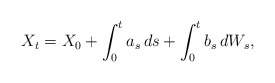
\begin{align*} X_{t}=X_0+\int_0^t a_s\,ds +\int_0^tb_s\,dW_s,\end{align*}